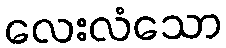
လေးလံသော